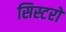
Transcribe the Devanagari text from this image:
सिस्टरों